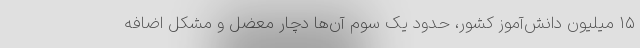
۱۵ میلیون دانش‌آموز کشور، حدود یک سوم آن‌ها دچار معضل و مشکل اضافه